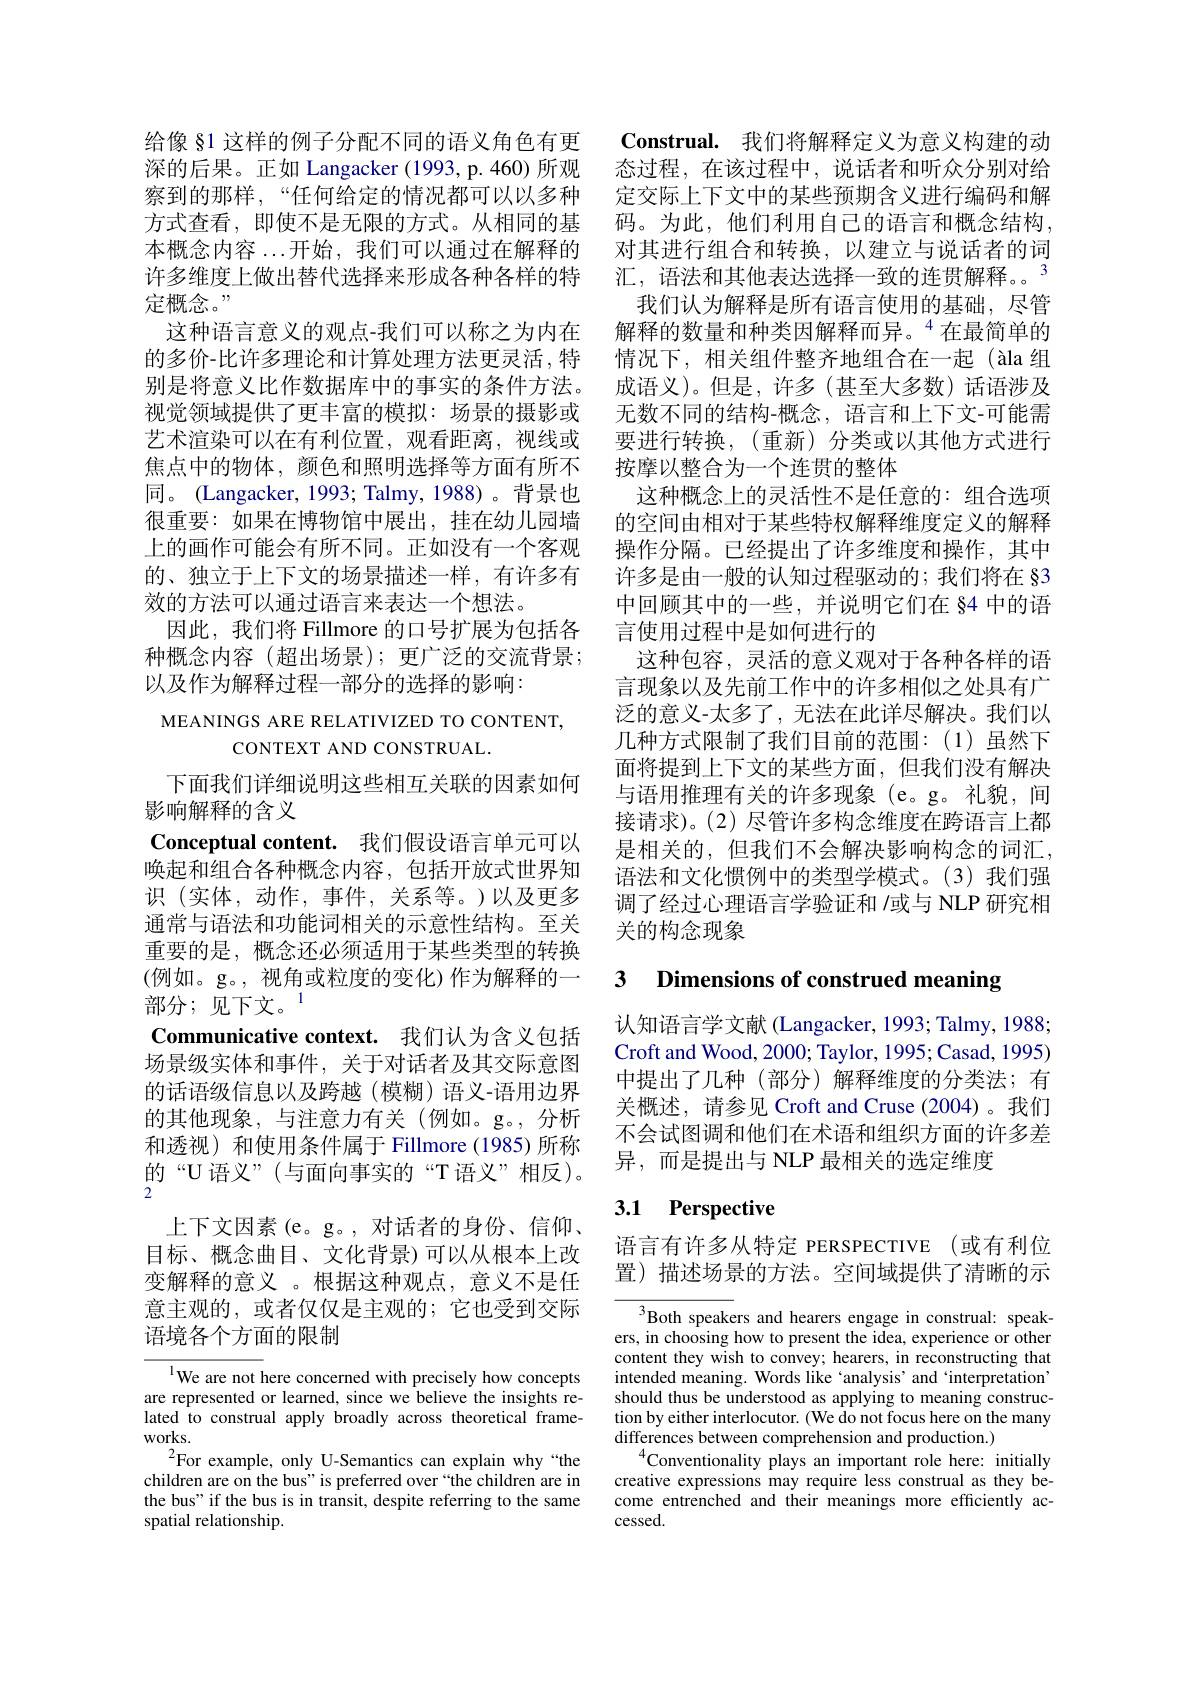
给像 §1 这样的例子分配不同的语义角色有更深的后果。正如 Langacker (1993, p. 460) 所观察到的那样，“任何给定的情况都可以以多种方式查看，即使不是无限的方式。从相同的基本概念内容...开始，我们可以通过在解释的许多维度上做出替代选择来形成各种各样的特定概念。,
这种语言意义的观点-我们可以称之为内在的多价-比许多理论和计算处理方法更灵活，特别是将意义比作数据库中的事实的条件方法。视觉领域提供了更丰富的模拟：场景的摄影或艺术渲染可以在有利位置，观看距离，视线或焦点中的物体，颜色和照明选择等方面有所不同。(Langacker, 1993; Talmy, 1988) 。背景也很重要：如果在博物馆中展出，挂在幼儿园墙上的画作可能会有所不同。正如没有一个客观的、独立于上下文的场景描述一样，有许多有效的方法可以通过语言来表达一个想法。
因此，我们将 Fillmore 的口号扩展为包括各种概念内容(超出场景);更广泛的交流背景； 以及作为解释过程一部分的选择的影响：

MEANINGS ARE RELATIVIZED TO CONTENT,

CONTEXT AND CONSTRUAL.

下面我们详细说明这些相互关联的因素如何

影响解释的含义
Conceptual content. 我们假设语言单元可以唤起和组合各种概念内容，包括开放式世界知识(实体，动作，事件，关系等。)以及更多通常与语法和功能词相关的示意性结构。至关重要的是，概念还必须适用于某些类型的转换(例如。g。,视角或粒度的变化)作为解释的一部分；见下文。$^{1}$
Communicative context. 我们认为含义包括场景级实体和事件，关于对话者及其交际意图的话语级信息以及跨越(模糊)语义-语用边界的其他现象，与注意力有关(例如。g。,分析和透视)和使用条件属于 Fillmore(1985)所称的“U 语义”(与面向事实的“T语义”相反)。2
上下文因素(e。g。,对话者的身份、信仰、 目标、概念曲目、文化背景)可以从根本上改变解释的意义 。根据这种观点，意义不是任意主观的，或者仅仅是主观的；它也受到交际语境各个方面的限制

$^{1}$We are not here concerned with precisely how concepts are represented or learned, since we believe the insights related to construal apply broadly across theoretical frameworks.
$^{2}$For example, only U-Semantics can explain why“the children are on the bus" is preferred over“the children are in the bus" if the bus is in transit, despite referring to the same spatial relationship.

Construal. 我们将解释定义为意义构建的动态过程，在该过程中，说话者和听众分别对给定交际上下文中的某些预期含义进行编码和解码。为此，他们利用自己的语言和概念结构， 对其进行组合和转换，以建立与说话者的词汇，语法和其他表达选择一致的连贯解释。。
我们认为解释是所有语言使用的基础，尽管解释的数量和种类因解释而异。$^{4}$在最简单的情况下，相关组件整齐地组合在一起(àla 组成语义)。但是，许多(甚至大多数)话语涉及无数不同的结构-概念，语言和上下文-可能需要进行转换，(重新)分类或以其他方式进行按摩以整合为一个连贯的整体
这种概念上的灵活性不是任意的：组合选项的空间由相对于某些特权解释维度定义的解释操作分隔。已经提出了许多维度和操作，其中许多是由一般的认知过程驱动的；我们将在 §3中回顾其中的一些，并说明它们在 §4 中的语言使用过程中是如何进行的
这种包容，灵活的意义观对于各种各样的语言现象以及先前工作中的许多相似之处具有广泛的意义-太多了，无法在此详尽解决。我们以几种方式限制了我们目前的范围：(1)虽然下面将提到上下文的某些方面，但我们没有解决与语用推理有关的许多现象(e。g。礼貌，间接请求)。(2) 尽管许多构念维度在跨语言上都是相关的，但我们不会解决影响构念的词汇， 语法和文化惯例中的类型学模式。(3)我们强调了经过心理语言学验证和 /或与 NLP 研究相关的构念现象

3 Dimensions of construed meaning

认知语言学文献 (Langacker, 1993; Talmy, 1988; Croft and Wood, 2000; Taylor, 1995; Casad, 1995) 中提出了几种(部分)解释维度的分类法；有关概述，请参见 Croft and Cruse (2004)。我们不会试图调和他们在术语和组织方面的许多差异，而是提出与 NLP 最相关的选定维度

# 3.1 Perspective

语言有许多从特定 PERSPECTIVE (或有利位置)描述场景的方法。空间域提供了清晰的示

${^{3}\text{Both speakers and hearers engage in construal: speak-}}$ ers, in choosing how to present the idea, experience or other content they wish to convey; hearers, in reconstructing that intended meaning. Words like 'analysis' and 'interpretation should thus be understood as applying to meaning construction by either interlocutor. (We do not focus here on the many differences between comprehension and production.)
$^{4}$Conventionality plays an important role here: initially creative expressions may require less construal as they become entrenched and their meanings more efficiently ac- $cessed.$